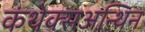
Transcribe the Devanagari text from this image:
कंथेक्सअन्थिन